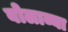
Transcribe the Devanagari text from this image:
बोलाव्या